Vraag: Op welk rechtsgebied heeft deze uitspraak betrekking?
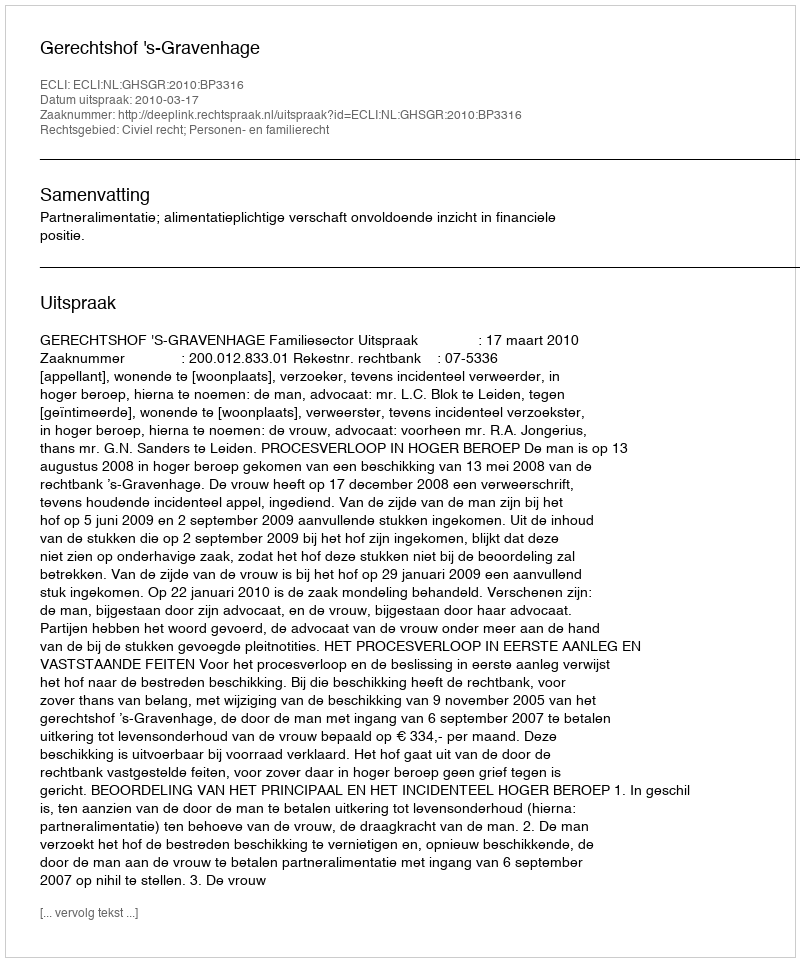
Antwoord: Civiel recht; Personen- en familierecht